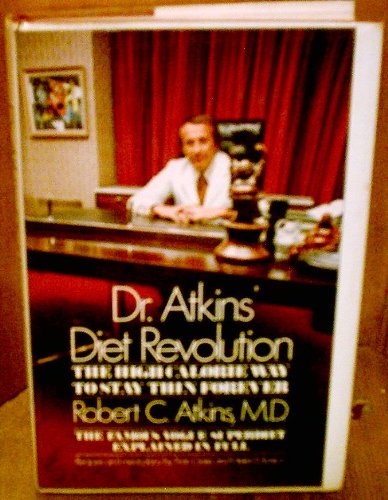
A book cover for Dr. Atkins' Diet Revolution: The High Calorie Way to Stay Thin Forever (1972 Edition); Robert C Atkins; Health, Fitness & Dieting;